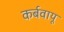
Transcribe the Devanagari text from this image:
कर्बवायू